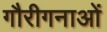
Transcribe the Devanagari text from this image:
गौरीगनाओं